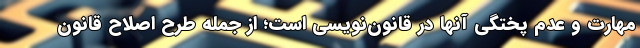
مهارت و عدم پختگی آنها در قانون‌نویسی است؛ از جمله طرح اصلاح قانون